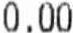
0.00